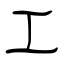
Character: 工